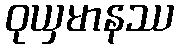
ဝုယှမာနဿ